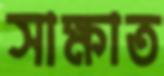
সাক্ষাত